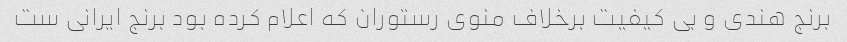
برنج هندی و بی کیفیت برخلاف منوی رستوران که اعلام کرده بود برنج ایرانی ست